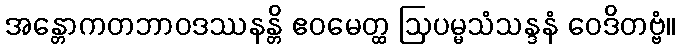
အန္တောကတဘာဝဒဿနန္တိ ဧဝမေတ္ထ ဩပမ္မသံသန္ဒနံ ဝေဒိတဗ္ဗံ။